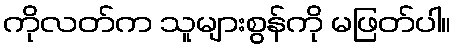
ကိုလတ်က သူများစွန်ကို မဖြတ်ပါ။